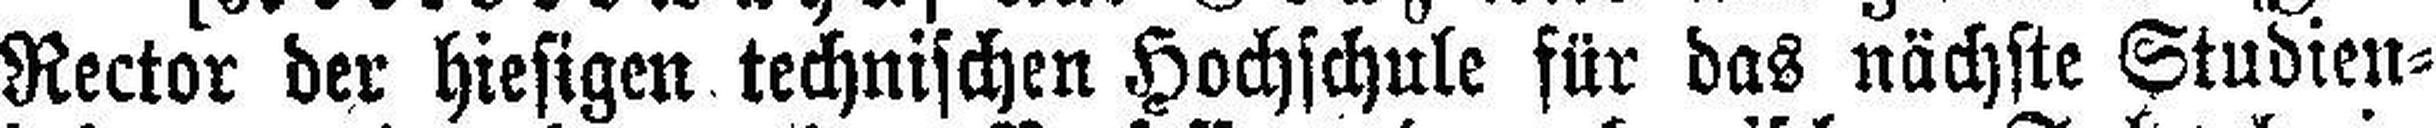
Rector der hiesigen technischen Hochschule für das nächste Studien¬